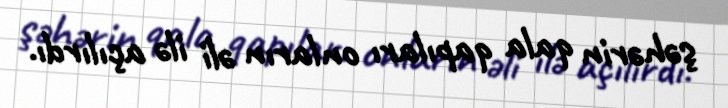
şəhərin qala qapıları onların əli ilə açılırdı.